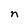
Character: n